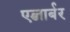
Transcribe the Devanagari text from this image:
एब्जार्बर